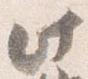
此